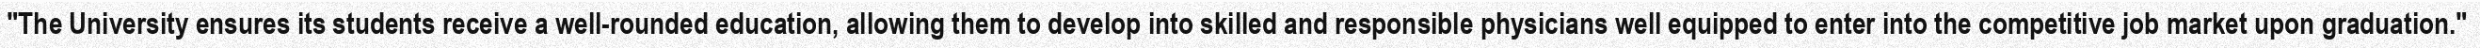
"The University ensures its students receive a well-rounded education, allowing them to develop into skilled and responsible physicians well equipped to enter into the competitive job market upon graduation."